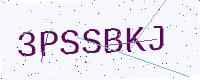
Text: 3PSSBKJ